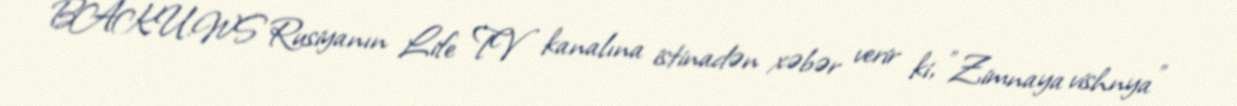
BAKU.WS Rusiyanın Life TV kanalına istinadən xəbər verir ki, "Zimnaya vishnya"